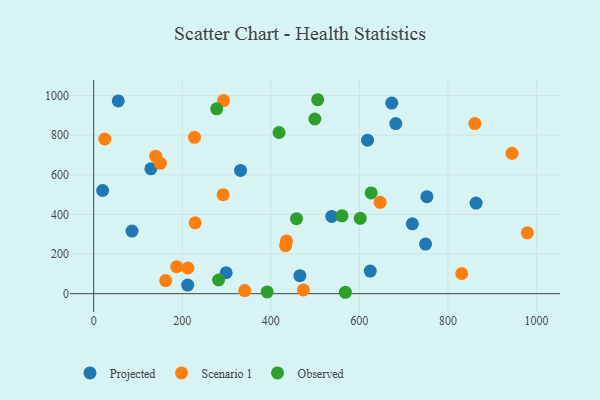
{"axis": {"x": "Experience", "y": "Yield"}, "legend": ["Observed", "Projected", "Scenario 1"], "data": [{"x": "749.5", "y": 250.2, "type": "Projected"}, {"x": "752.6", "y": 489.1, "type": "Projected"}, {"x": "465.7", "y": 90.6, "type": "Projected"}, {"x": "863.7", "y": 456.9, "type": "Projected"}, {"x": "20.2", "y": 520.4, "type": "Projected"}, {"x": "719.7", "y": 352.5, "type": "Projected"}, {"x": "86.5", "y": 315.8, "type": "Projected"}, {"x": "682.3", "y": 857.9, "type": "Projected"}, {"x": "624.6", "y": 114.2, "type": "Projected"}, {"x": "299.2", "y": 105.5, "type": "Projected"}, {"x": "673.2", "y": 961.2, "type": "Projected"}, {"x": "129.2", "y": 630.2, "type": "Projected"}, {"x": "55.5", "y": 972.4, "type": "Projected"}, {"x": "212.3", "y": 43.3, "type": "Projected"}, {"x": "618.5", "y": 774.3, "type": "Projected"}, {"x": "537.7", "y": 389.6, "type": "Projected"}, {"x": "331.7", "y": 621.8, "type": "Projected"}, {"x": "212.7", "y": 129.5, "type": "Scenario 1"}, {"x": "831.2", "y": 101.7, "type": "Scenario 1"}, {"x": "292.3", "y": 499.2, "type": "Scenario 1"}, {"x": "227.7", "y": 788.7, "type": "Scenario 1"}, {"x": "229.2", "y": 357.2, "type": "Scenario 1"}, {"x": "473.7", "y": 18.8, "type": "Scenario 1"}, {"x": "944.8", "y": 707.8, "type": "Scenario 1"}, {"x": "435.5", "y": 266.0, "type": "Scenario 1"}, {"x": "162.6", "y": 66.1, "type": "Scenario 1"}, {"x": "646.9", "y": 461.0, "type": "Scenario 1"}, {"x": "150.8", "y": 657.6, "type": "Scenario 1"}, {"x": "140.1", "y": 693.7, "type": "Scenario 1"}, {"x": "341.2", "y": 15.6, "type": "Scenario 1"}, {"x": "187.4", "y": 135.8, "type": "Scenario 1"}, {"x": "293.2", "y": 974.1, "type": "Scenario 1"}, {"x": "25.1", "y": 780.3, "type": "Scenario 1"}, {"x": "979.5", "y": 306.9, "type": "Scenario 1"}, {"x": "860.8", "y": 858.2, "type": "Scenario 1"}, {"x": "433.5", "y": 242.0, "type": "Scenario 1"}, {"x": "282.0", "y": 69.0, "type": "Observed"}, {"x": "560.9", "y": 392.7, "type": "Observed"}, {"x": "602.0", "y": 380.1, "type": "Observed"}, {"x": "626.6", "y": 508.4, "type": "Observed"}, {"x": "499.5", "y": 881.1, "type": "Observed"}, {"x": "458.1", "y": 378.4, "type": "Observed"}, {"x": "418.6", "y": 812.9, "type": "Observed"}, {"x": "391.8", "y": 8.8, "type": "Observed"}, {"x": "277.8", "y": 932.6, "type": "Observed"}, {"x": "568.4", "y": 7.1, "type": "Observed"}, {"x": "506.0", "y": 978.3, "type": "Observed"}]}